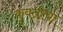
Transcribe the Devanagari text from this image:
कुवतीचा